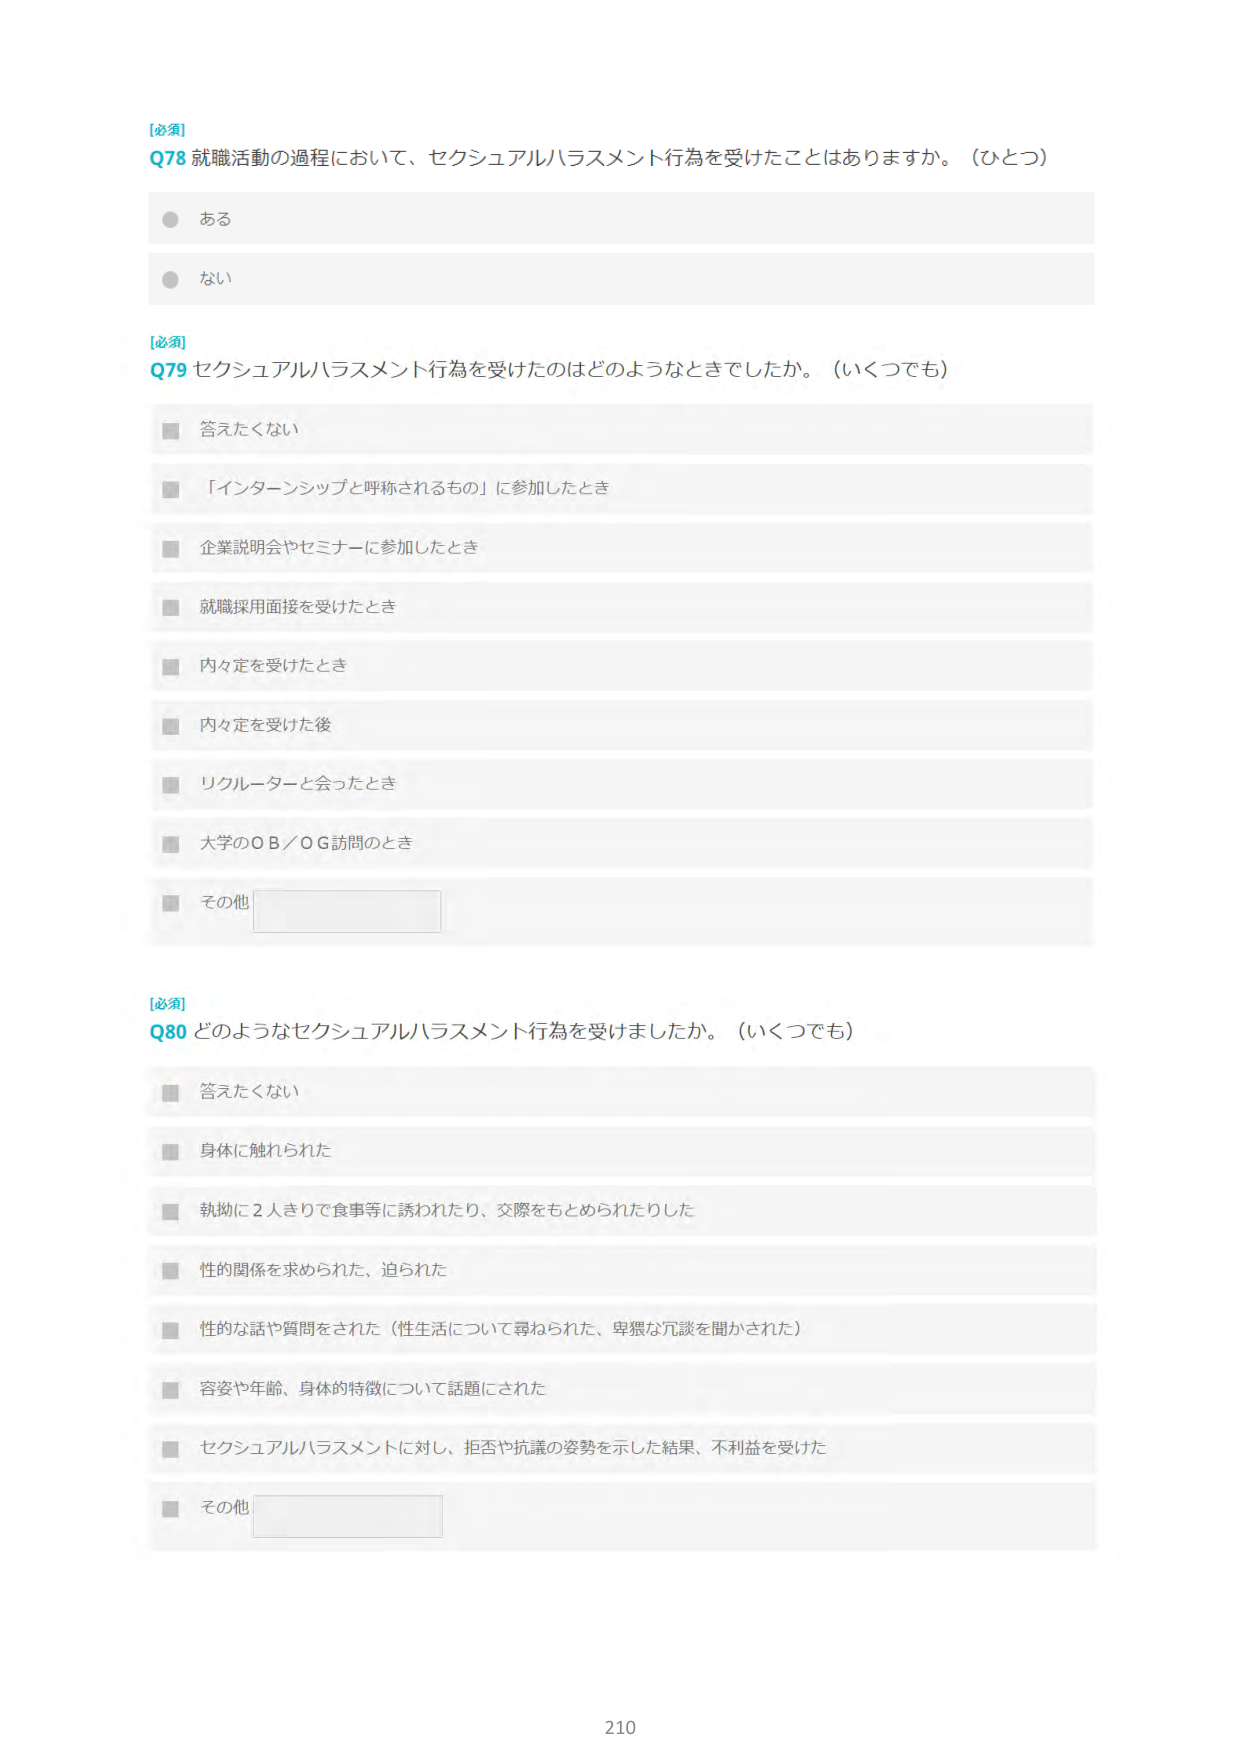
[必須]
Q78 就職活動の過程において、セクシュアルハラスメント行為を受けたことはありますか。（ひとつ）
● ある
● ない

[必須]
Q79 セクシュアルハラスメント行為を受けたのはどのようなときでしたか。（いくつでも）
■ 答えたくない
■ 「インターンシップと呼称されるもの」に参加したとき
■ 企業説明会やセミナーに参加したとき
■ 就職採用面接を受けたとき
■ 内々定を受けたとき
■ 内々定を受けた後
■ リクルーターと会ったとき
■ 大学のＯＢ／ＯＧ訪問のとき
■ その他

[必須]
Q80 どのようなセクシュアルハラスメント行為を受けましたか。（いくつでも）
■ 答えたくない
■ 身体に触れられた
■ 執拗に２人きりで食事等に誘われたり、交際をもとめられたりした
■ 性的関係を求められた、迫られた
■ 性的な話や質問をされた（性生活について尋ねられた、卑猥な冗談を聞かされた）
■ 容姿や年齢、身体的特徴について話題にされた
■ セクシュアルハラスメントに対し、拒否や抗議の姿勢を示した結果、不利益を受けた
■ その他

210